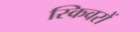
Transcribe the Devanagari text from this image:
स्किवरों